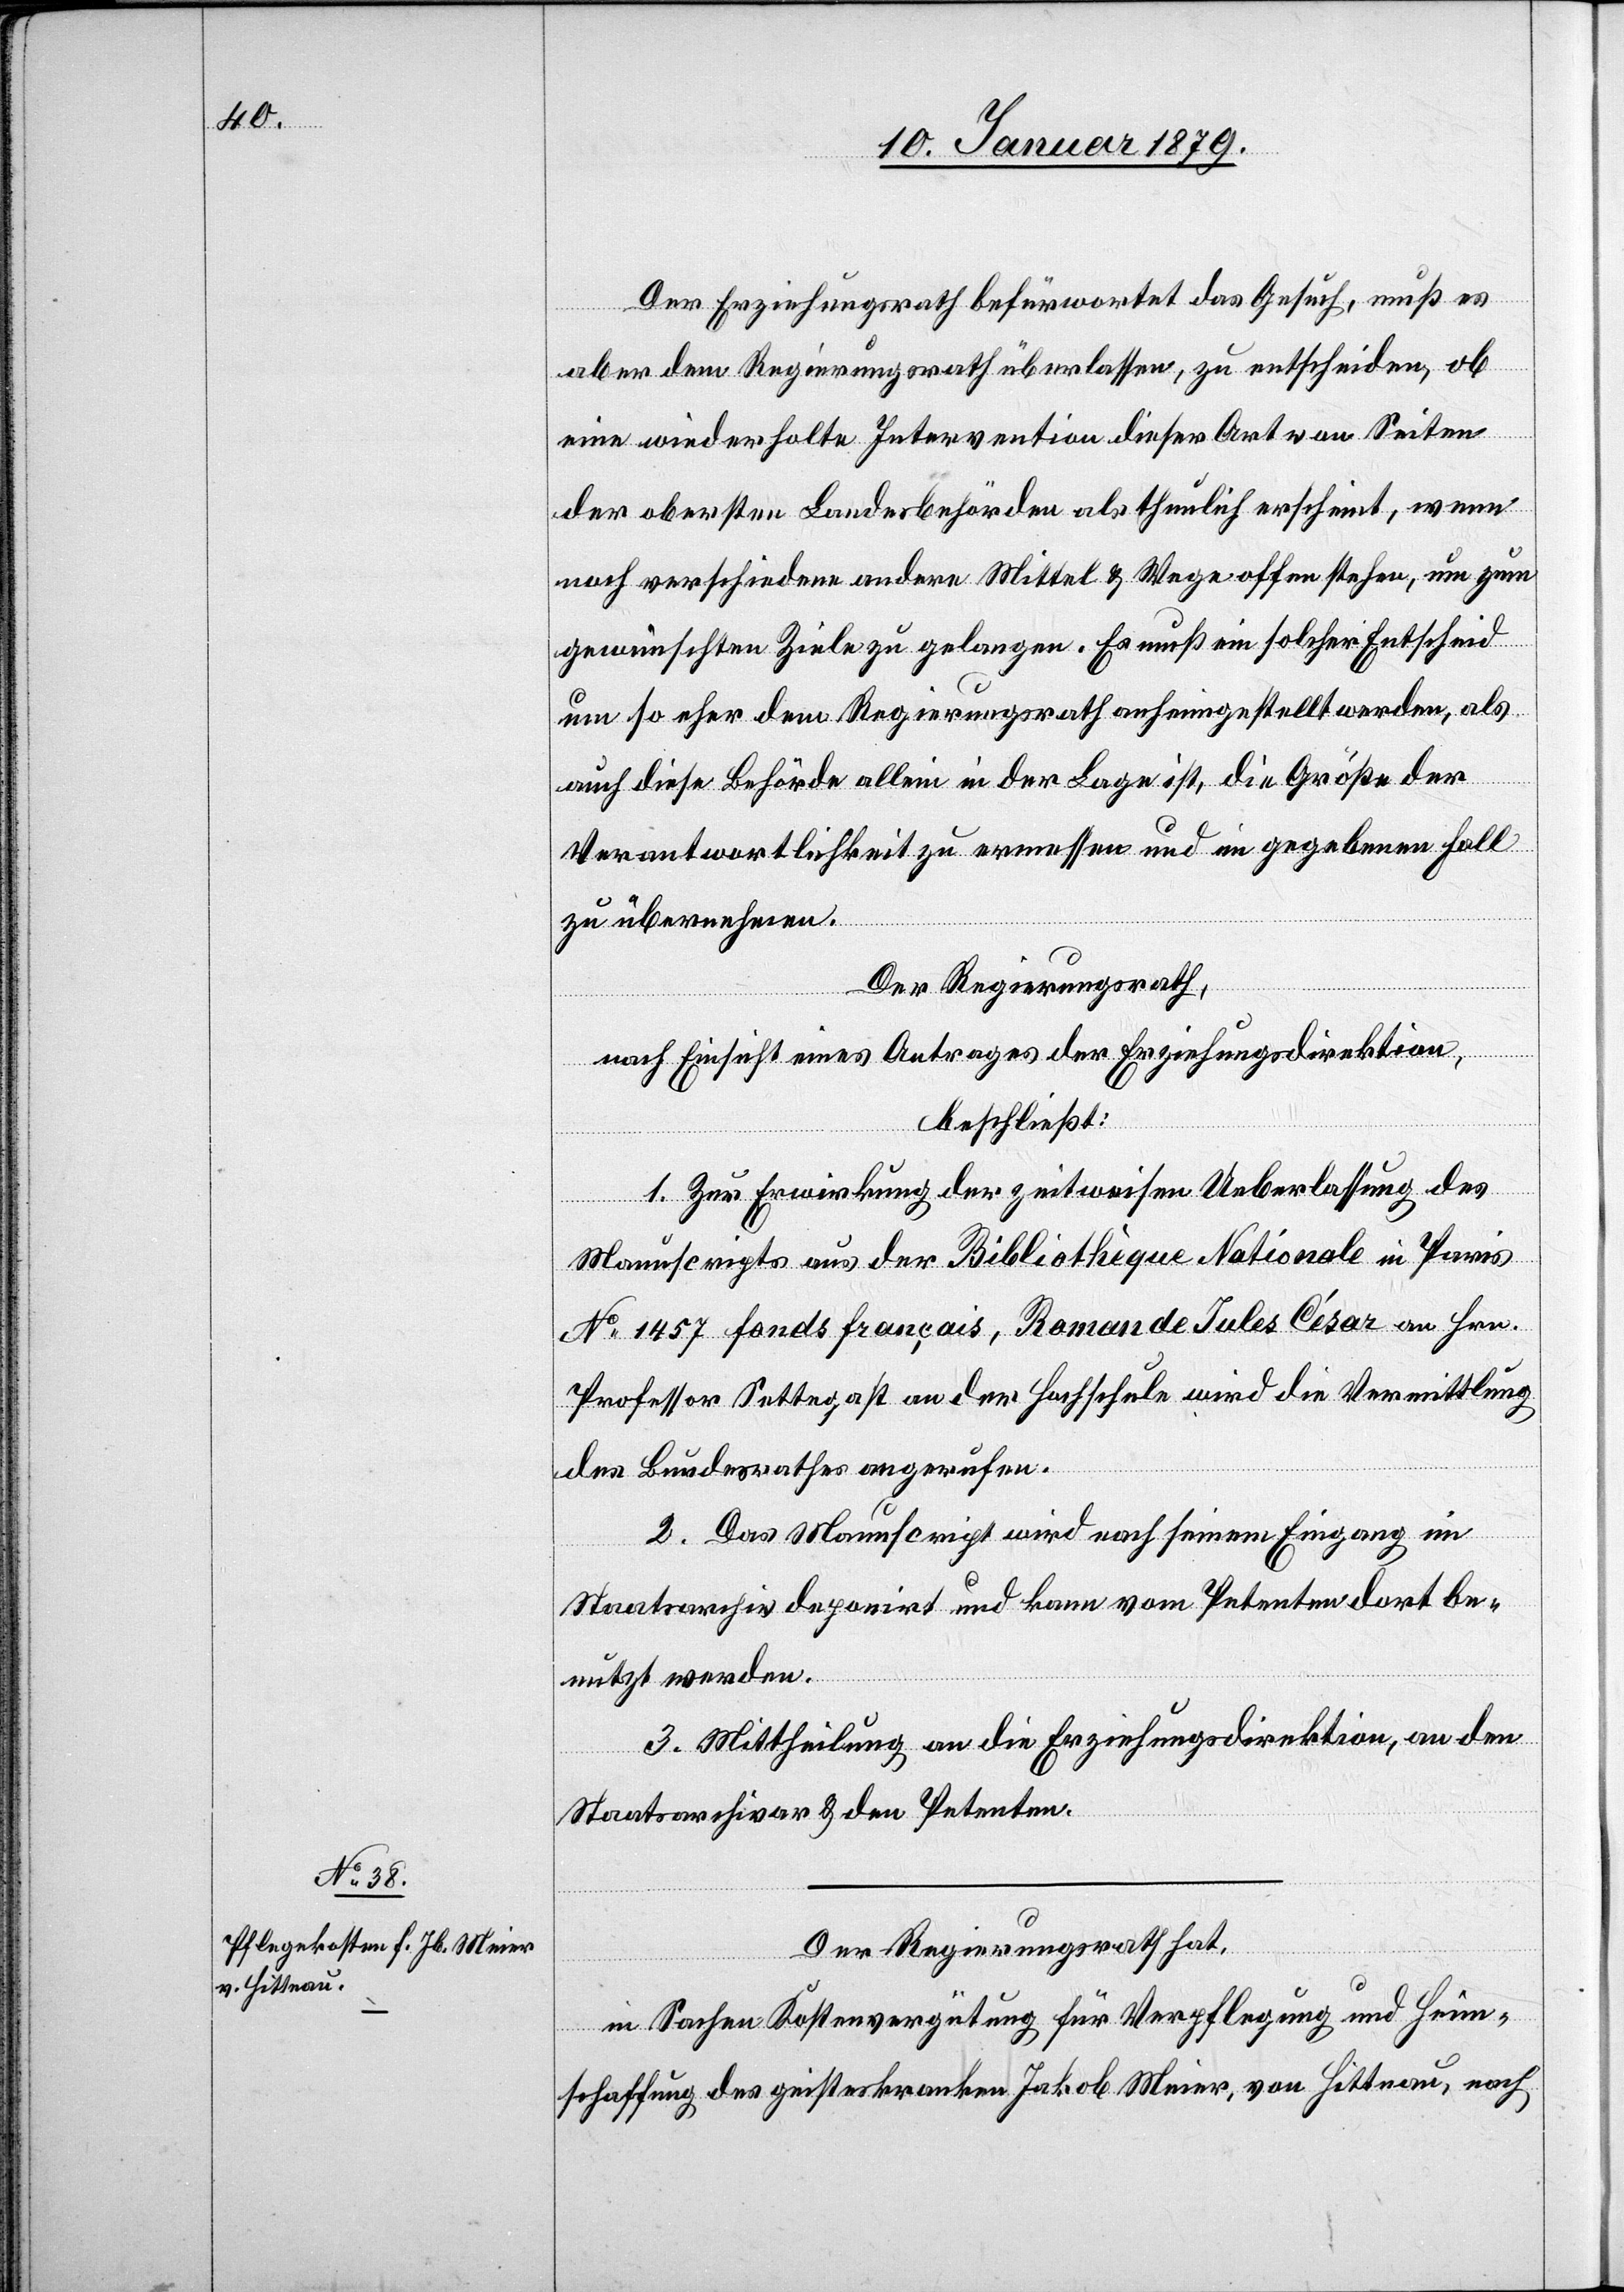
Der Erziehungsrath befürwortet das Gesuch, muß es
aber dem Regierungsrath überlassen, zu entscheiden, ob
eine wiederholte Intervention dieser Art von Seiten
der obersten Landesbehörden als thunlich erscheint, wenn
noch verschiedene andere Mittel & Wege offen stehen, um zum
gewünschten Ziele zu gelangen. Es muß ein solcher Entscheid
um so eher dem Regierungsrath anheimgestellt werden, als
auch diese Behörde allein in der Lage ist, die Größe der
Verantwortlichkeit zu ermessen und im gegebenen Fall
zu übernehmen.
Der Regierungsrath,
nach Einsicht eines Antrages der Erziehungsdirektion,
beschließt:
1. Zur Erwirkung der zeitweisen Ueberlassung des
Manuscripts aus der Bibliothèque Nationale in Paris
No 1457 fonds français, Roman de Jules César an Hrn.
Professor Settegast an der Hochschule wird die Vermittlung
des Bundesrathes angerufen.
2. Das Manuscript wird nach seinem Eingang im
Staatsarchiv deponirt und kann vom Petenten dort be¬
nutzt werden.
3. Mittheilung an die Erziehungsdirektion, an den
Staatsarchivar & den Petenten.
Der Regierungsrath hat,
in Sachen Kostenvergütung für Verpflegung und Heim¬
schaffung des geisteskranken Jakob Meier, von Hittnau, nach